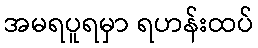
အမရပူရမှာ ရဟန်းထပ်